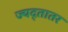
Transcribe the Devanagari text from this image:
ज्यद्तातर